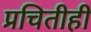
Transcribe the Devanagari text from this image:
प्रचितीही